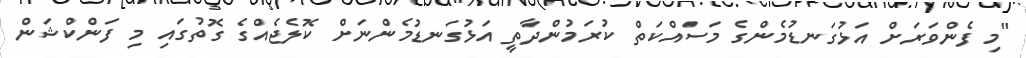
"މި ފެންވަރަށް އަޅުގަނޑުމެންގެ މަސައްކަތް ކުރަމުންދާތީ އަޅުގަނޑުމެންނަށް ކޮލެޖެއްގެ ގޮތުގައި މި ފަންކްޝަން